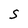
Character: S